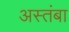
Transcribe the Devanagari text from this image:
अस्तंबा